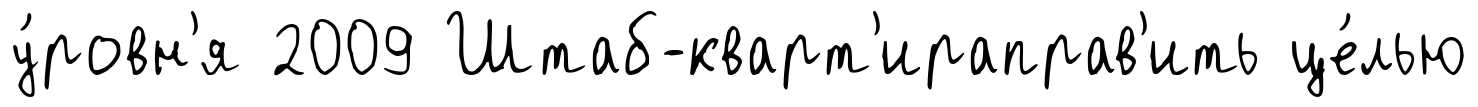
у́ровн'я 2009 Штаб-кварт'ираправ'ить це́лью